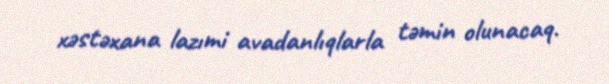
xəstəxana lazımi avadanlıqlarla təmin olunacaq.